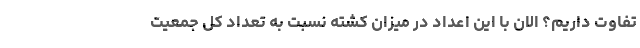
تفاوت داریم؟ الان با این اعداد در میزان کشته نسبت به تعداد کل جمعیت